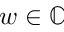
w \in \mathbb C